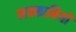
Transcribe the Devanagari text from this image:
मक्काबियों